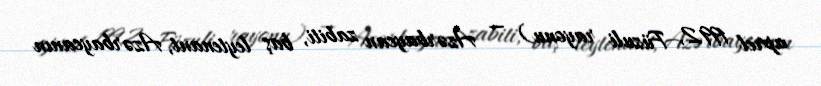
aprel 1992, Füzuli rayonu) — Azərbaycan zabiti, baş leytenant, Azərbaycanın